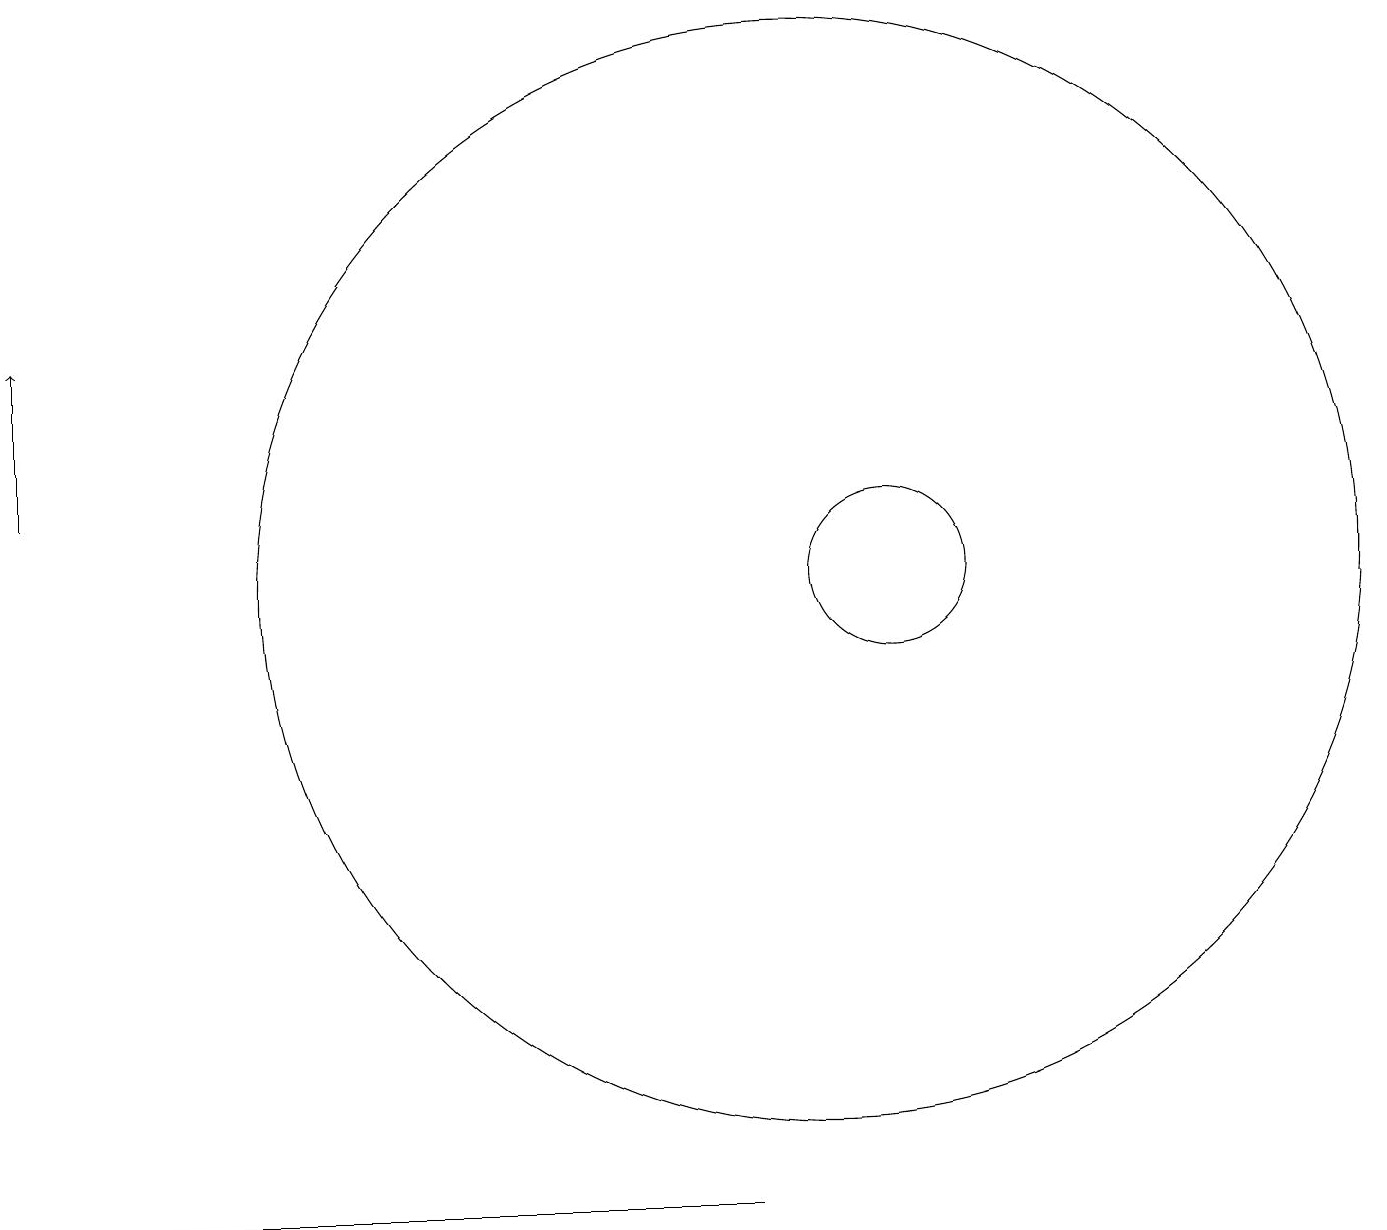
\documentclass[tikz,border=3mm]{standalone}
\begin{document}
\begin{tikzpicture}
\draw (8,3) -- (1,3) -- (9,3) -- cycle;
\draw (10,11) circle (7);
\draw[->] (0,12) -- (0,14);
\draw (11,11) circle (1);
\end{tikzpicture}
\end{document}